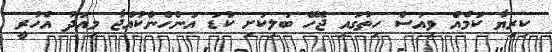
ކިރިޔާ ކަމެއް ވިއަސް ހިތުގައި ޖެހޭ ބަލިކަށި ކުޑަ އަންހެންކުއްޖާ މިއަދު އެހުރީ